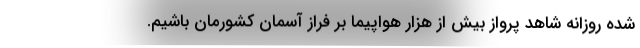
شده روزانه شاهد پرواز بیش از هزار هواپیما بر فراز آسمان کشورمان باشیم.